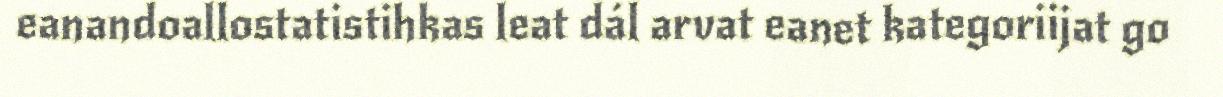
eanandoallostatistihkas leat dál arvat eanet kategoriijat go